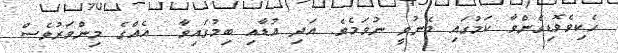
ހެކިވެވޮޑިގެންވާ ކަމުގައި މެނުވީ ނުވަމެވެ. އަދި އުޑާއި ބިމުގައިވާ  އެއްގެ މިންވަރުވެސް